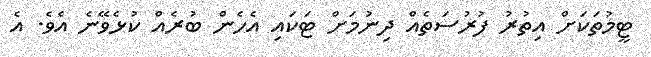
ޓީމުތަކަށް އިތުރު ފުރުސަތެއް ދިނުމަށް ޓަކައި އެހެން ބުރެއް ކުޅެވޭނެ އެވެ. އެ